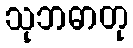
သုဘဓာတု